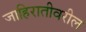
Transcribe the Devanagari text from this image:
जाहिरातीवरील